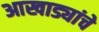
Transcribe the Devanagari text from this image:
आखाड्यांचे